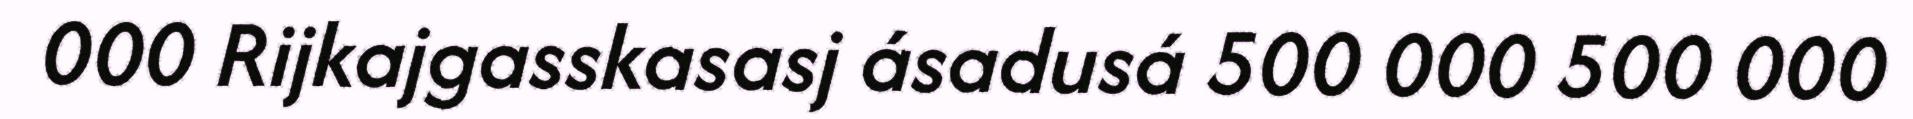
000 Rijkajgasskasasj ásadusá 500 000 500 000